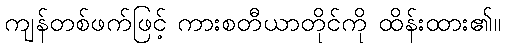
ကျန်တစ်ဖက်ဖြင့် ကားစတီယာတိုင်ကို ထိန်းထား၏။